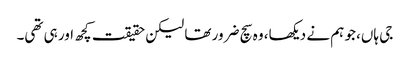
جی ہاں، جو ہم نے دیکھا، وہ سچ ضرور تھا لیکن حقیقت کچھ اور ہی تھی۔